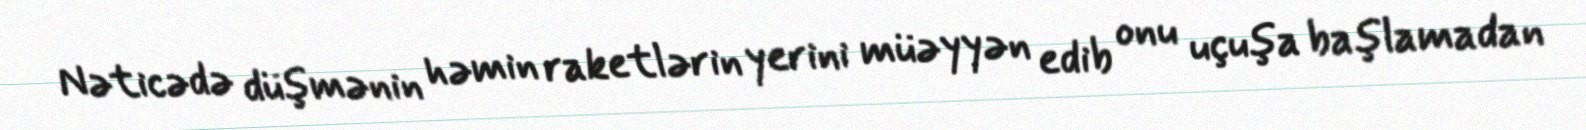
Nəticədə düşmənin həmin raketlərin yerini müəyyən edib onu uçuşa başlamadan